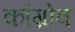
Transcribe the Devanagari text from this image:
कांग्रोव